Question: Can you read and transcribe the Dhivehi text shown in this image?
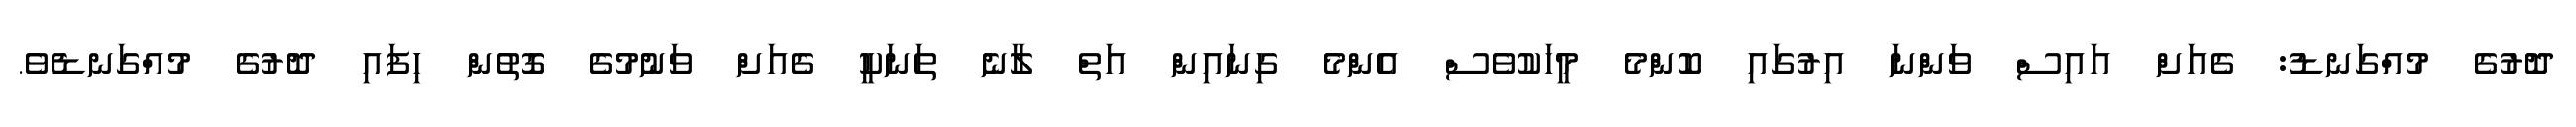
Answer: ދޮރުގެ މުއްގަނޑު: ގެއަށް އައިސް ވަންނަ އިރުގައި ކޮންމެ މީހަކުވެސް އެންމެ ގިނައިން އަތް ލާނެ ތަނަކީ ގެއަށް ވަނުމުގެ ގޮތުން ހިފައި ދޮރުގެ މުއްގަނޑެވެ.